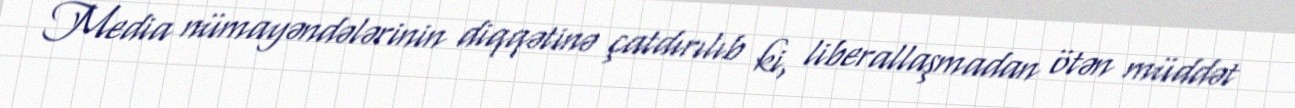
Media nümayəndələrinin diqqətinə çatdırılıb ki, liberallaşmadan ötən müddət